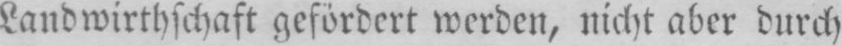
Landwirthschaft gefördert werden, nicht aber durch